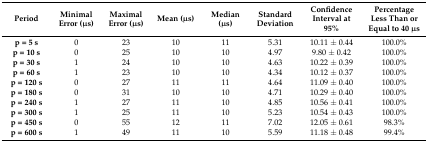
| Period | Minimal Error (μs) | Maximal Error (μs) | Mean (μs) | Median (μs) | Standard Deviation | Confidence Interval at 95% | Percentage Less Than or Equal to 40 μs |
 | --- | --- | --- | --- | --- | --- | --- | --- |
 | p = 5 s | 0 | 23 | 10 | 11 | 5.31 | 10.11 ± 0.44 | 100.0% |
 | p = 10 s | 0 | 25 | 10 | 10 | 4.97 | 9.80 ± 0.42 | 100.0% |
 | p = 30 s | 1 | 24 | 10 | 10 | 4.63 | 10.22 ± 0.39 | 100.0% |
 | p = 60 s | 1 | 23 | 10 | 10 | 4.34 | 10.12 ± 0.37 | 100.0% |
 | p = 120 s | 0 | 27 | 11 | 11 | 4.64 | 11.09 ± 0.40 | 100.0% |
 | p = 180 s | 0 | 31 | 10 | 10 | 4.71 | 10.29 ± 0.40 | 100.0% |
 | p = 240 s | 1 | 27 | 11 | 10 | 4.85 | 10.56 ± 0.41 | 100.0% |
 | p = 300 s | 1 | 25 | 11 | 10 | 5.23 | 10.54 ± 0.43 | 100.0% |
 | p = 450 s | 0 | 55 | 12 | 11 | 7.02 | 12.05 ± 0.61 | 98.3% |
 | p = 600 s | 1 | 49 | 11 | 10 | 5.59 | 11.18 ± 0.48 | 99.4% |